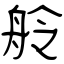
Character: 舲